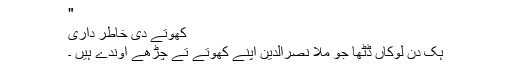
"
کھوتے دی خاطر داری
ہک دن لوکاں ڈٹھا جو مُلا نصرالدین اپنے کھوتے تے چڑھے اوندے ہیں ۔